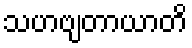
သဟဗျတာယာတိ